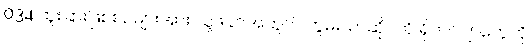
034 ထူးခြားဖြစ်စဉ်များအား သူ့ဖခင်အတွက် ကွမ်းယာဆိုင်ကို ရိုဟင်ဂျာတွေကို